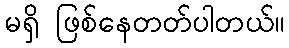
မရှိ ဖြစ်နေတတ်ပါတယ်။